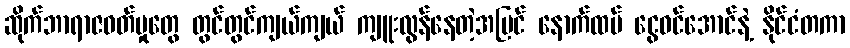
ဆိုက်ဘာရာဇဝတ်မှုတွေ တွင်တွင်ကျယ်ကျယ် ကျူးလွန်နေတဲ့အပြင် နောက်ထပ် ငွေဝင်အောင်နဲ့ နိုင်ငံတကာ